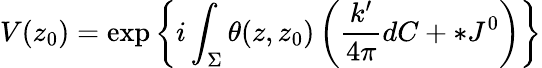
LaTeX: V(z_{0})=\exp\left\{ i\int_{\Sigma}\theta(z,z_{0})\left(\frac{k^{\prime}}{4\pi}dC+*J^{0}\right)\right\}